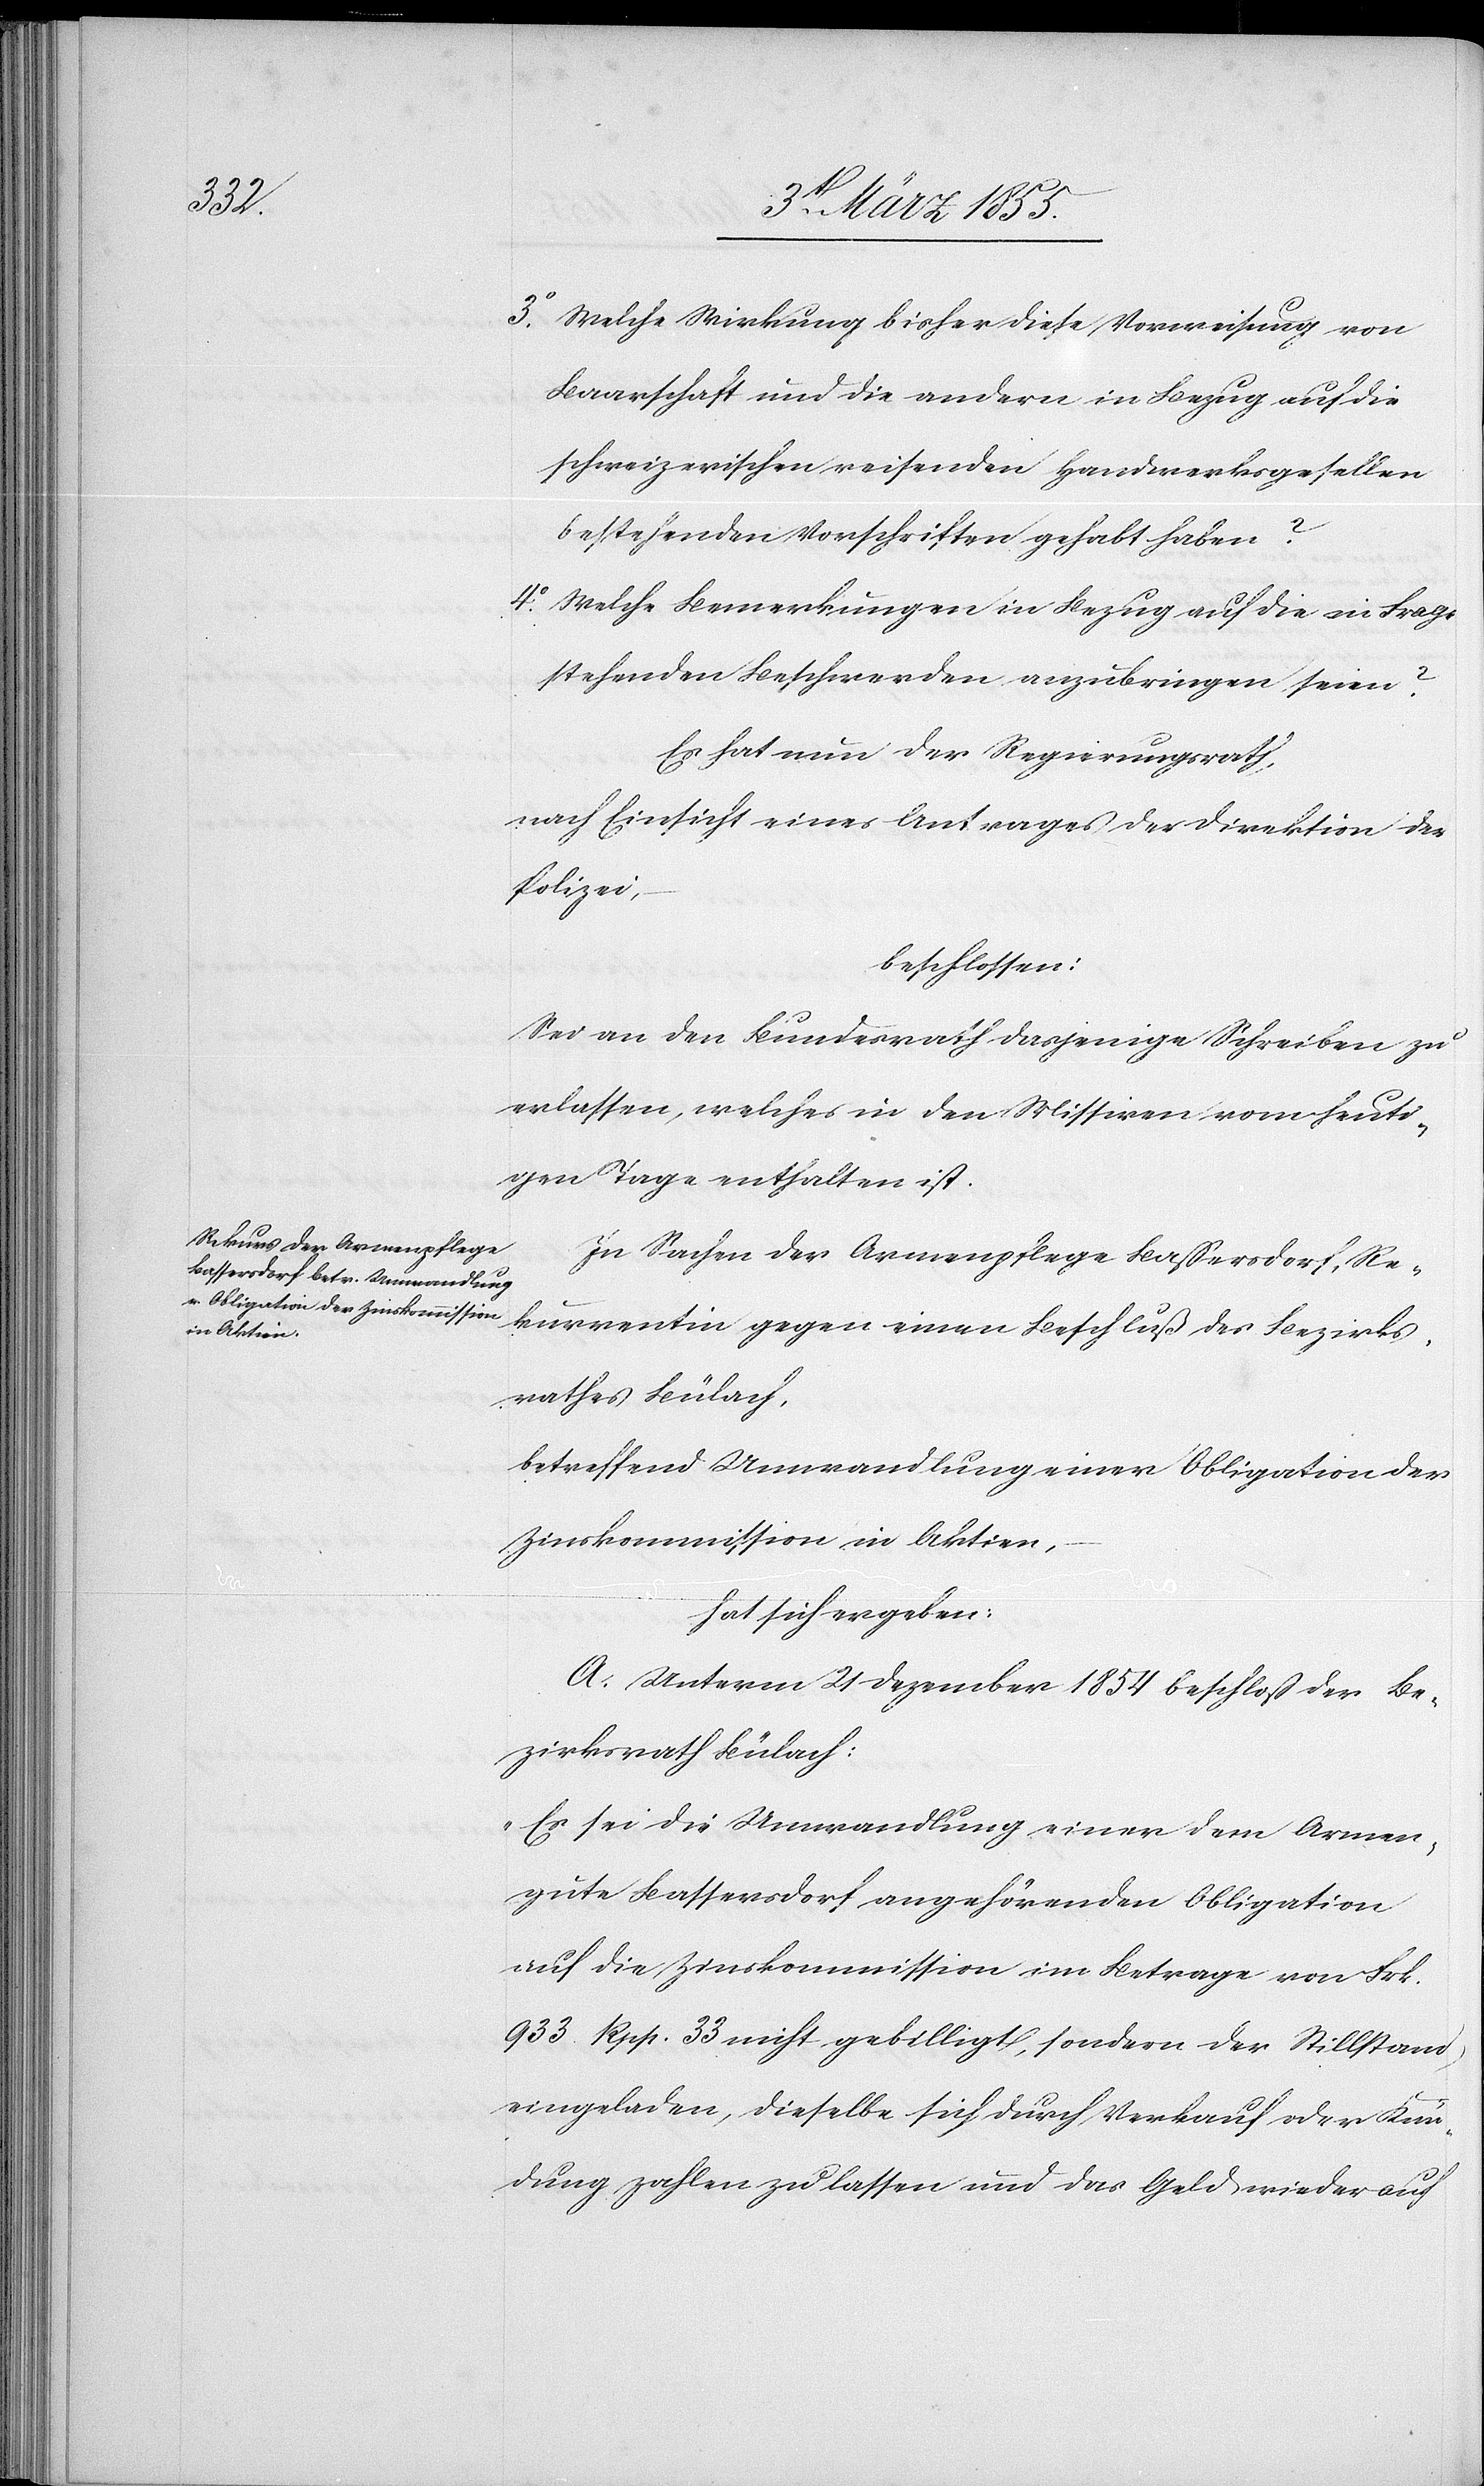
3o.

Welche Wirkung bisher diese Vorweisung von
Baarschaft und die andern in Bezug auf die
schweizerischen reisenden Handwerksgesellen
bestehenden Vorschriften gehabt haben?
Welche Bemerkungen in Bezug auf die in Frage
stehenden Beschwerden anzubringen seien?
Es hat nun der Regierungsrath,
nach Einsicht eines Antrages der Direktion der
Polizei,
beschlossen:
Sei an den Bundesrath dasjenige Schreiben zu
erlassen, welches in den Missiven vom heuti¬
gen Tage enthalten ist.
In Sachen der Armenpflege Bassersdorf, Re¬
kurrentin gegen einen Beschluß des Bezirks¬
rathes Bülach,
betreffend Umwandlung einer Obligation der
Zinskommission in Aktien,
hat sich ergeben:
A. Unterm 21 Dezember 1854 beschloß der Be¬
zirksrath Bülach:
„Es sei die Umwandlung einer dem Armen¬
gute Bassersdorf angehörenden Obligation
auf die Zinskommission im Betrage von Frk.
933. Rpp. 33 nicht gebilligt, sondern der Stillstand
eingeladen, dieselbe sich durch Verkauf oder Kün¬
dung zahlen zu lassen und das Geld wieder auf